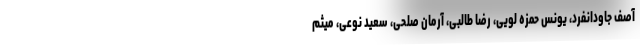
آصف جاودانفرد، یونس حمزه لویی، رضا طالبی، آرمان صلحی، سعید نوعی، میثم